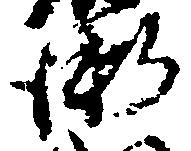
衛